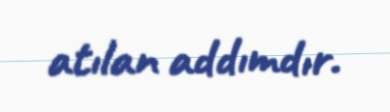
atılan addımdır.